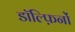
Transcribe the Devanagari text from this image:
डॉल्फ़िनों